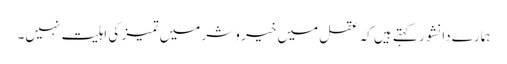
ہمارے دانشور کہتے ہیں کہ عقل میں خیر و شر میں تمیز کی اہلیت نہیں۔